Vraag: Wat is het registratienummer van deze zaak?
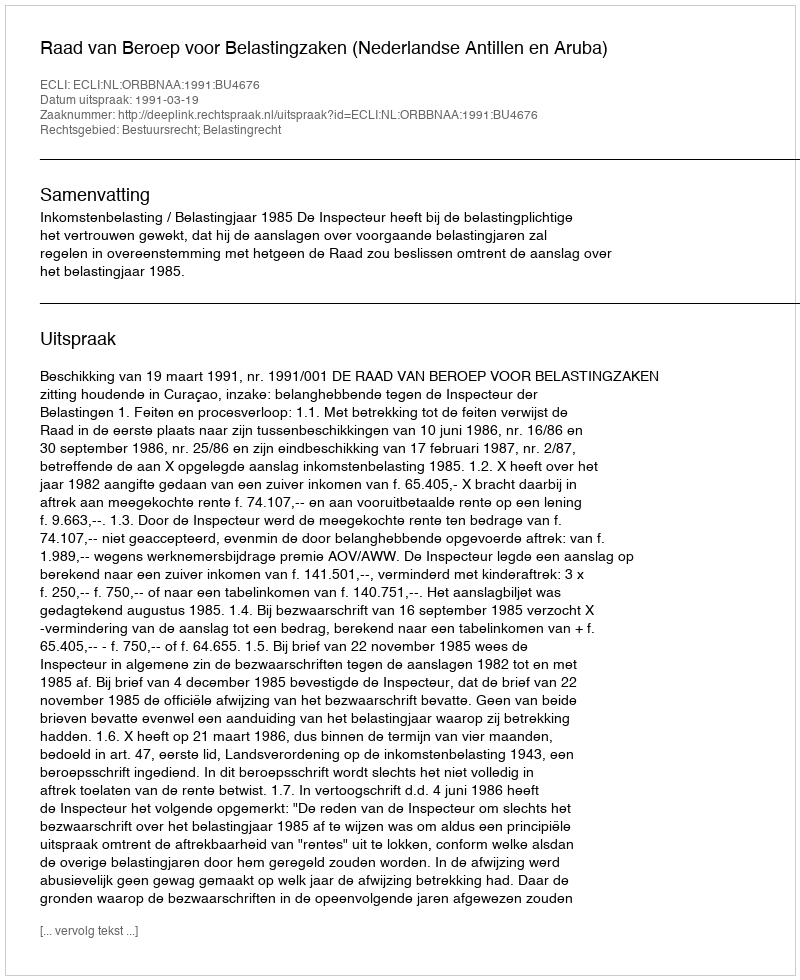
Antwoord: http://deeplink.rechtspraak.nl/uitspraak?id=ECLI:NL:ORBBNAA:1991:BU4676